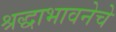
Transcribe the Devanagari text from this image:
श्रद्धाभावनेचे